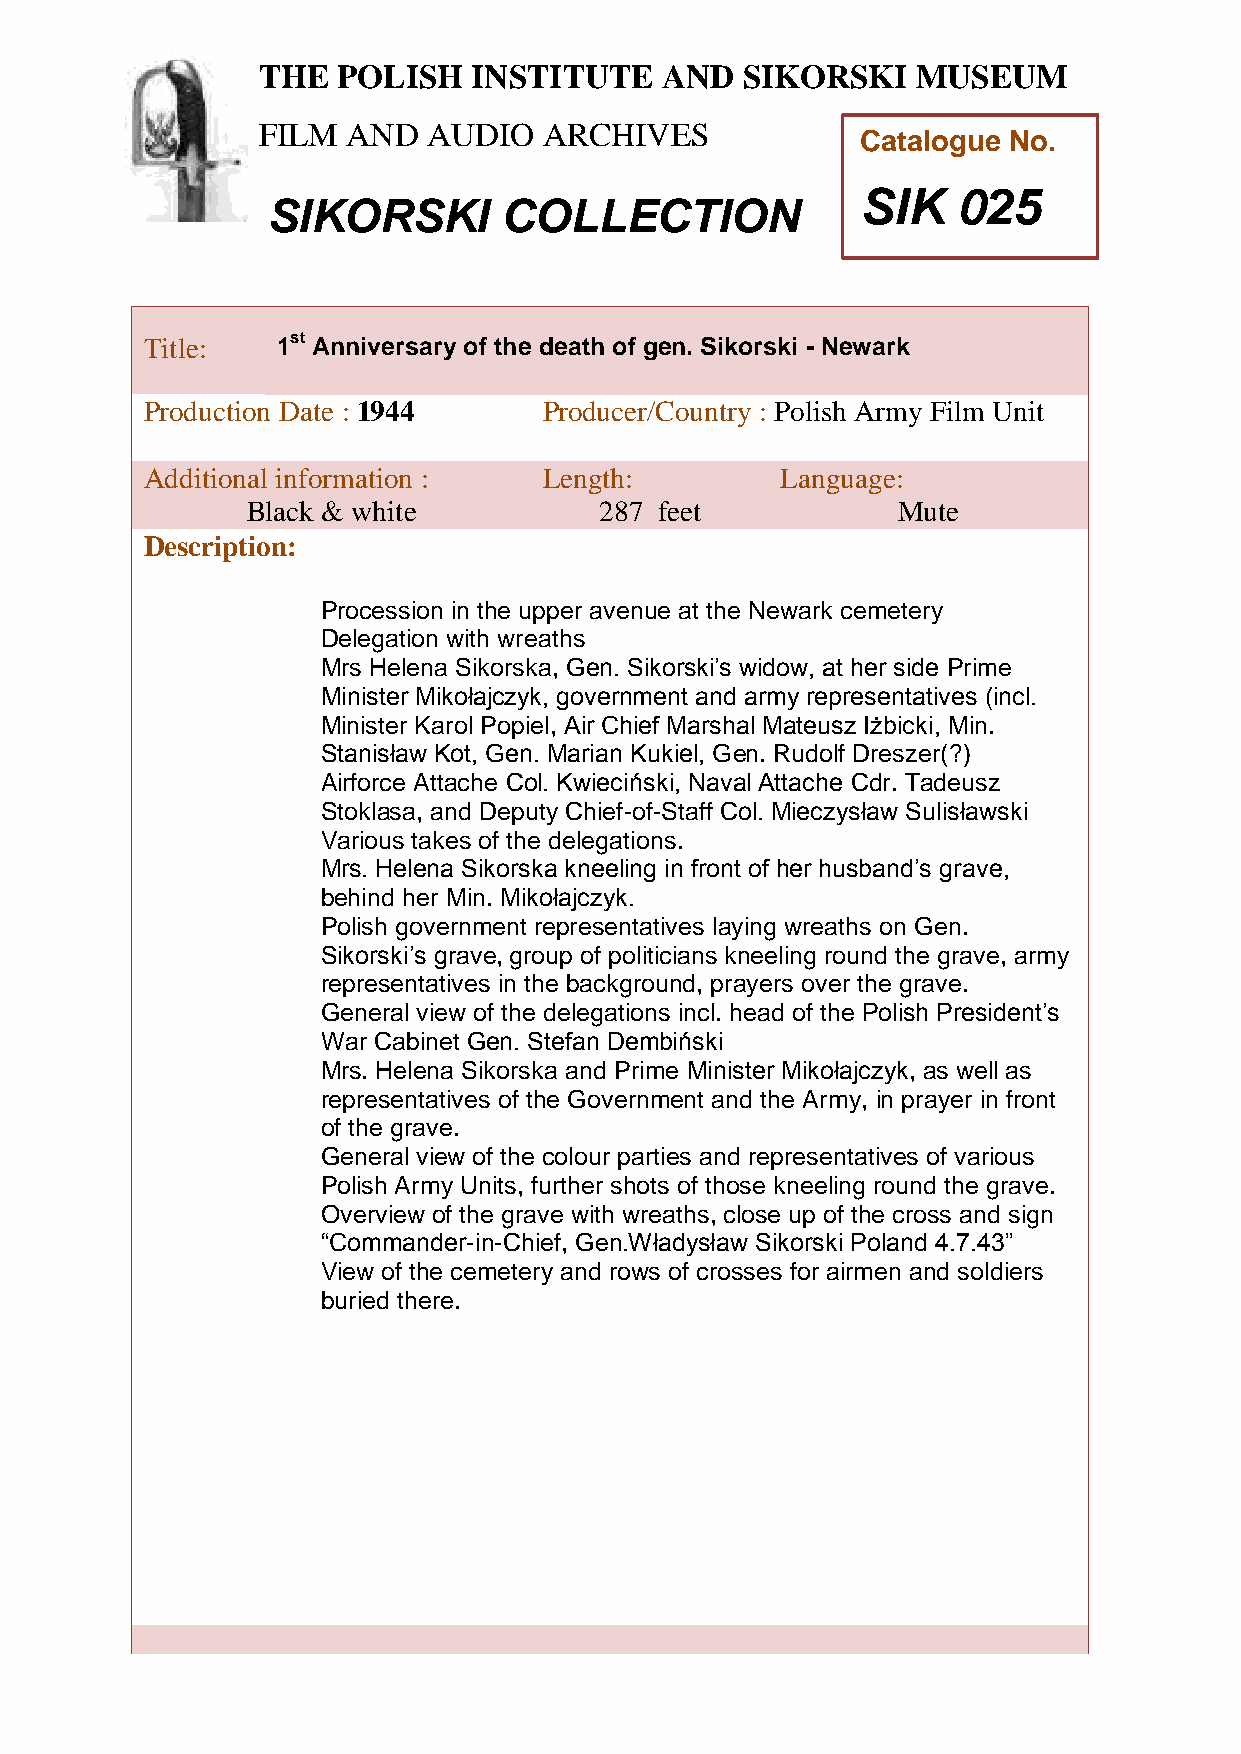
THE  POLISH   INSTITUTE    AND  SIKORSKI    MUSEUM
 FILM  AND  AUDIO   ARCHIVES
 Catalogue No.
 SIK   025
 SIKORSKI       COLLECTION
 TTitle:     1st Anniversary of the death of gen. Sikorski - Newark
 h
 Peroduction Date : 1944    Producer/Country : Polish Army Film Unit
 AddiPtional information :  Length:         Language:
 oBlack & white           287 feet           Mute
 l
 i
 Description:
 s
 h
 Pr ocession in the upper avenue at the Newark cemetery
 DelIegation with wreaths
 Mrs Hnelena Sikorska, Gen. Sikorski’s widow, at her side Prime
 Ministers Mikołajczyk, government and army representatives (incl.
 t
 Minister Kairol Popiel, Air Chief Marshal Mateusz Iżbicki, Min.
 t
 Stanisław Kot, Gen. Marian Kukiel, Gen. Rudolf Dreszer(?)
 Airforce Attacuhe Col. Kwieciński, Naval Attache Cdr. Tadeusz
 t
 Stoklasa, and Deputy Chief-of-Staff Col. Mieczysław Sulisławski
 e
 Various takes of the delegations.
 Mrs. Helena Sikorska kneeling in front of her husband’s grave,
 a
 behind her Min. Mikołajczyk.
 n
 Polish government representatives laying wreaths on Gen.
 Sikorski’s grave, group of pdoliticians kneeling round the grave, army
 representatives in the background, prayers over the grave.
 General view of the delegationsS incl. head of the Polish President’s
 i
 War Cabinet Gen. Stefan Dembiński
 k
 Mrs. Helena Sikorska and Prime Minister Mikołajczyk, as well as
 o
 representatives of the Government and the Army, in prayer in front
 r
 of the grave.
 s
 General view of the colour parties and representatives of various
 k
 Polish Army Units, further shots of those kneeliing round the grave.
 Overview of the grave with wreaths, close up of the cross and sign
 “Commander-in-Chief, Gen.Władysław Sikorski Poland 4.7.43”
 M
 View of the cemetery and rows of crosses for airmen and soldiers
 u
 buried there.
 s
 e
 u
 m